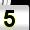
Digit: 5